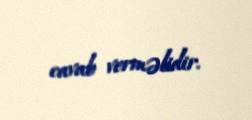
cavab verməlidir.